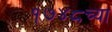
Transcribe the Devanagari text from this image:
१७४८च्या